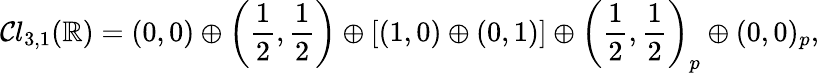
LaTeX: {\mathcal{Cl}}_{3,1}(\mathbb{R})=(0,0)\oplus\left({\frac{1}{2}},{\frac{1}{2}}\right)\oplus[(1,0)\oplus(0,1)]\oplus\left({\frac{1}{2}},{\frac{1}{2}}\right)_{p}\oplus(0,0)_{p},